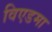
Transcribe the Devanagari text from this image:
विएडमा